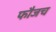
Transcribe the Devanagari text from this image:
फौजच